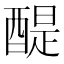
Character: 醍